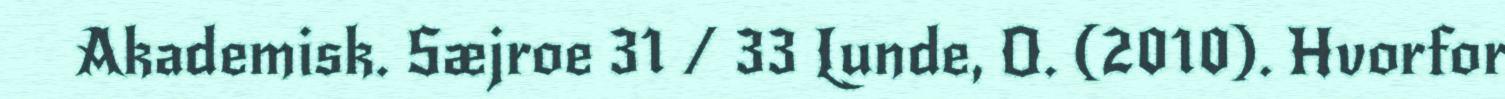
Akademisk. Sæjroe 31 / 33 Lunde, O. (2010). Hvorfor